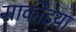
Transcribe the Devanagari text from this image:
मार्कींडय़ा